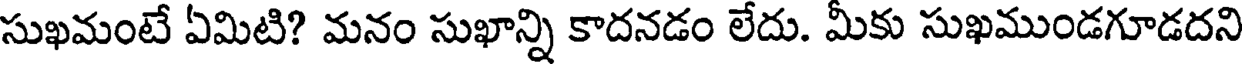
సుఖమంటే ఏమిటి? మనం సుఖాన్ని కాదనడం లేదు. మీకు సుఖముండగూడదని